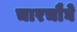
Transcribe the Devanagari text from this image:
चारचौघे